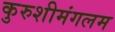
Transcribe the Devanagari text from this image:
कुरुशीमंगलम